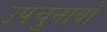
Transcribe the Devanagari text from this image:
उपचुनावों